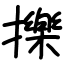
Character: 擽